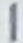
1